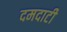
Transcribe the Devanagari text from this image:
दमदाटी